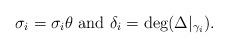
LaTeX: \begin{align*}\sigma_i = \sigma_i \theta \mbox{ and } \delta_i = \deg(\Delta|_{\gamma_i}).\end{align*}